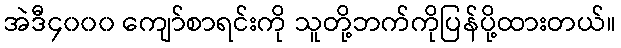
အဲဒီ၄၀၀၀ ကျော်စာရင်းကို သူတို့ဘက်ကိုပြန်ပို့ထားတယ်။